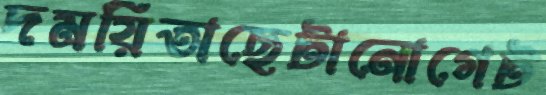
দময়িতাছেটানোগেট